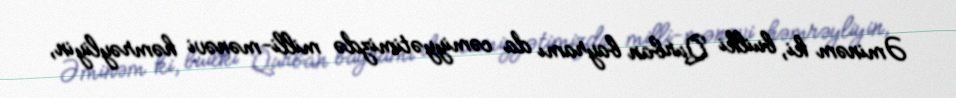
Əminəm ki, builki Qurban bayramı da cəmiyyətimizdə milli-mənəvi həmrəyliyin,